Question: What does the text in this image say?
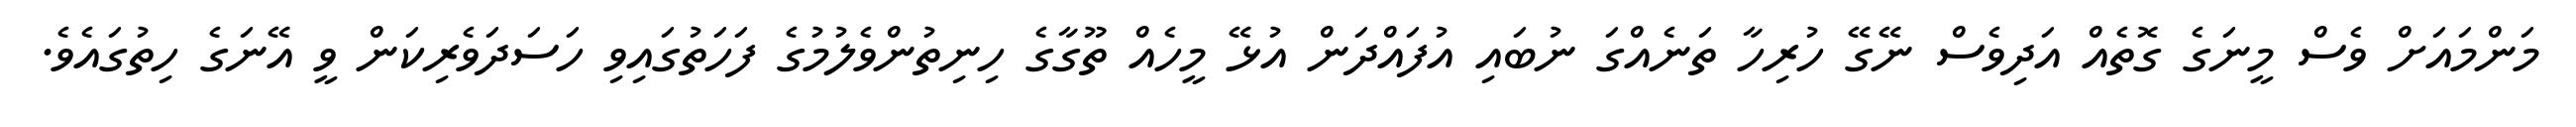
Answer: މަންމައަށް ވެސް މީނަގެ ގޮތެއް އަދިވެސް ނޭގޭ ހުރިހާ ތަނެއްގަ ނުބައި އުފައްދަން އުޅޭ މީހެއް ތޫގާގެ ހިނިތުންވެލުމުގެ ފަހަތުގައިވި ހަސަދަވެރިކަން ވީ އޭނަގެ ހިތުގައެވެ.